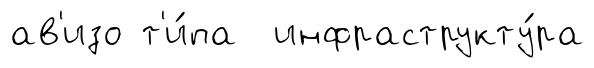
ав'изо т'и́па инфраструкту́ра